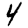
Digit: 4